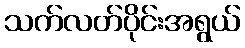
သက်လတ်ပိုင်းအရွယ်